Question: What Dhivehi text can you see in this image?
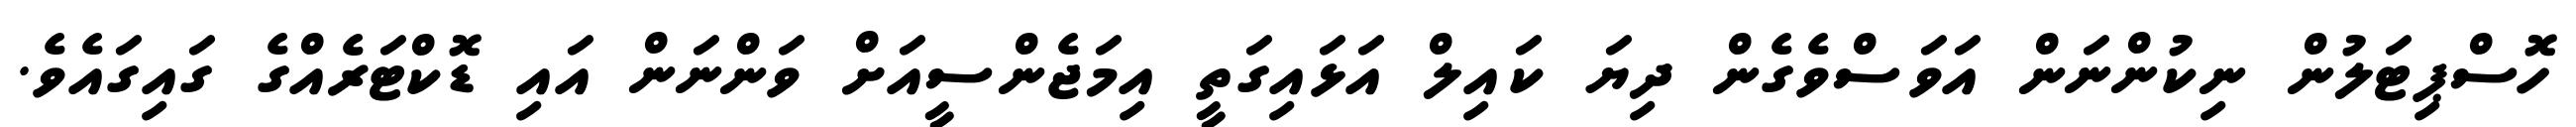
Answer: ހޮސްޕިޓަލުން ނިކުންނަން އަވަސްވެގެން ދިޔަ ކައިލް އަޅައިގަތީ އިމަޖެންސީއަށް ވަންނަން އައި ޑޮކްޓަރެއްގެ ގައިގައެވެ.